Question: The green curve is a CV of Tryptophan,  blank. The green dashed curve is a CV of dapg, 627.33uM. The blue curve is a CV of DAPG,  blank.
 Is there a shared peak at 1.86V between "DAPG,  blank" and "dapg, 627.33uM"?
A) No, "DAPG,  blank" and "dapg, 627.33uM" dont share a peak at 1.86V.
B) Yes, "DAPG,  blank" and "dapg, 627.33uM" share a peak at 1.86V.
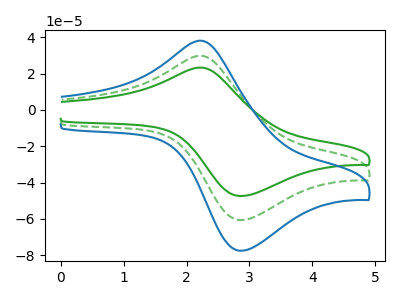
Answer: <think>The green curve "Tryptophan,  blank" has an anodic peak at (2.25V, 23.30uA) and a cathodic peak at (2.85V, -47.45uA). The green dashed curve "dapg, 627.33uM" has an anodic peak at (2.25V, 29.80uA) and a cathodic peak at (2.85V, -60.65uA). The blue curve "DAPG,  blank" has an anodic peak at (2.25V, 59.60uA) and a cathodic peak at (2.85V, -121.30uA).</think>
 <answer>A) No, "DAPG,  blank" and "dapg, 627.33uM" dont share a peak at 1.86V.</answer>
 <eval>A</eval>